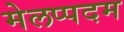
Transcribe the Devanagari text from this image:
मेलप्पदम